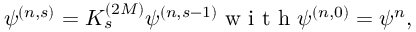
\psi ^ { ( n , s ) } = K _ { s } ^ { ( 2 M ) } \psi ^ { ( n , s - 1 ) } \mathrm { ~ w ~ i ~ t ~ h ~ } \psi ^ { ( n , 0 ) } = \psi ^ { n } ,